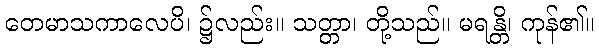
တေမာသကာလေပိ၊ ၌လည်း။ သတ္တာ၊ တို့သည်။ မရန္တိ၊ ကုန်၏။